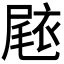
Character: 𭕧